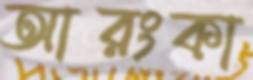
আরংকা